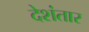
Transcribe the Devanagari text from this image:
देशंतार